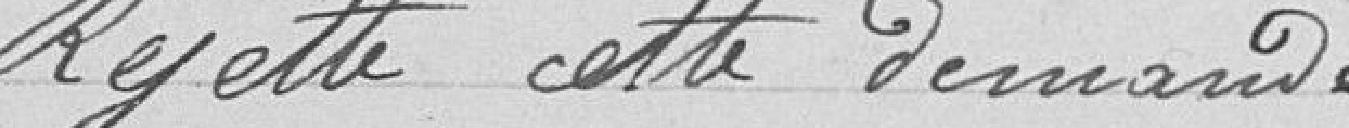
rejette cette demande.